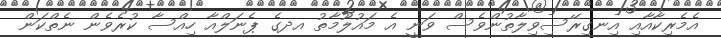
އެމެރިކާއާއި އިނގިރޭސިވިލާތުންވެސް ވަނީ އެ މައުލޫމާތު އދގެ ޕެނަލްއާ ހިއްސާ ކުރެވެން ނެތްކަން